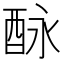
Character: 𨠕